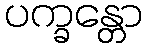
ပက္ခန္တော